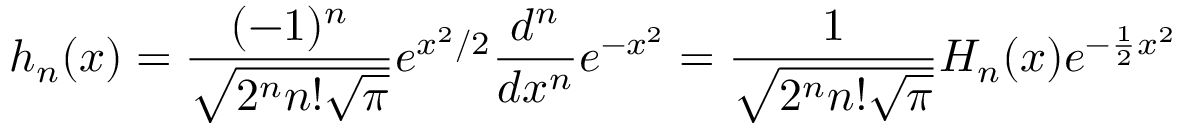
h _ { n } ( x ) = \frac { ( - 1 ) ^ { n } } { \sqrt { 2 ^ { n } n ! \sqrt { \pi } } } e ^ { x ^ { 2 } / 2 } \frac { d ^ { n } } { d x ^ { n } } e ^ { - x ^ { 2 } } = \frac { 1 } { \sqrt { 2 ^ { n } n ! \sqrt { \pi } } } H _ { n } ( x ) e ^ { - \frac { 1 } { 2 } x ^ { 2 } }